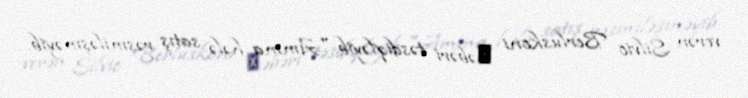
verən Silvio Berluskoni хəbəri təsdiqləyib:"Amma hələ satış rəsmiləşməyib.